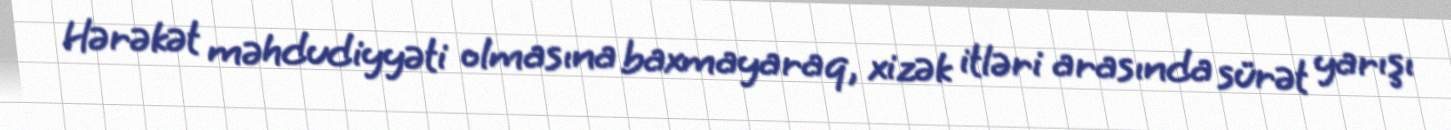
Hərəkət məhdudiyyəti olmasına baxmayaraq, xizək itləri arasında sürət yarışı